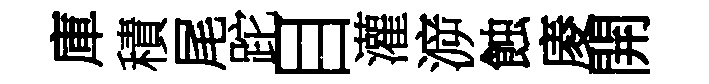
庫積尾跎目灌㴑蝕庱開